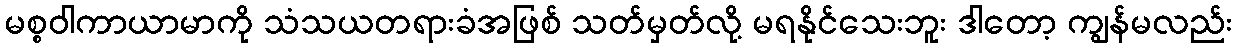
မစ္စဝါကာယာမာကို သံသယတရားခံအဖြစ် သတ်မှတ်လို့ မရနိုင်သေးဘူး ဒါတော့ ကျွန်မလည်း